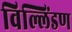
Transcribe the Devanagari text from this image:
विल्लिंडण